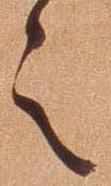
之